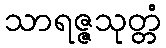
သာရဇ္ဇသုတ္တံ